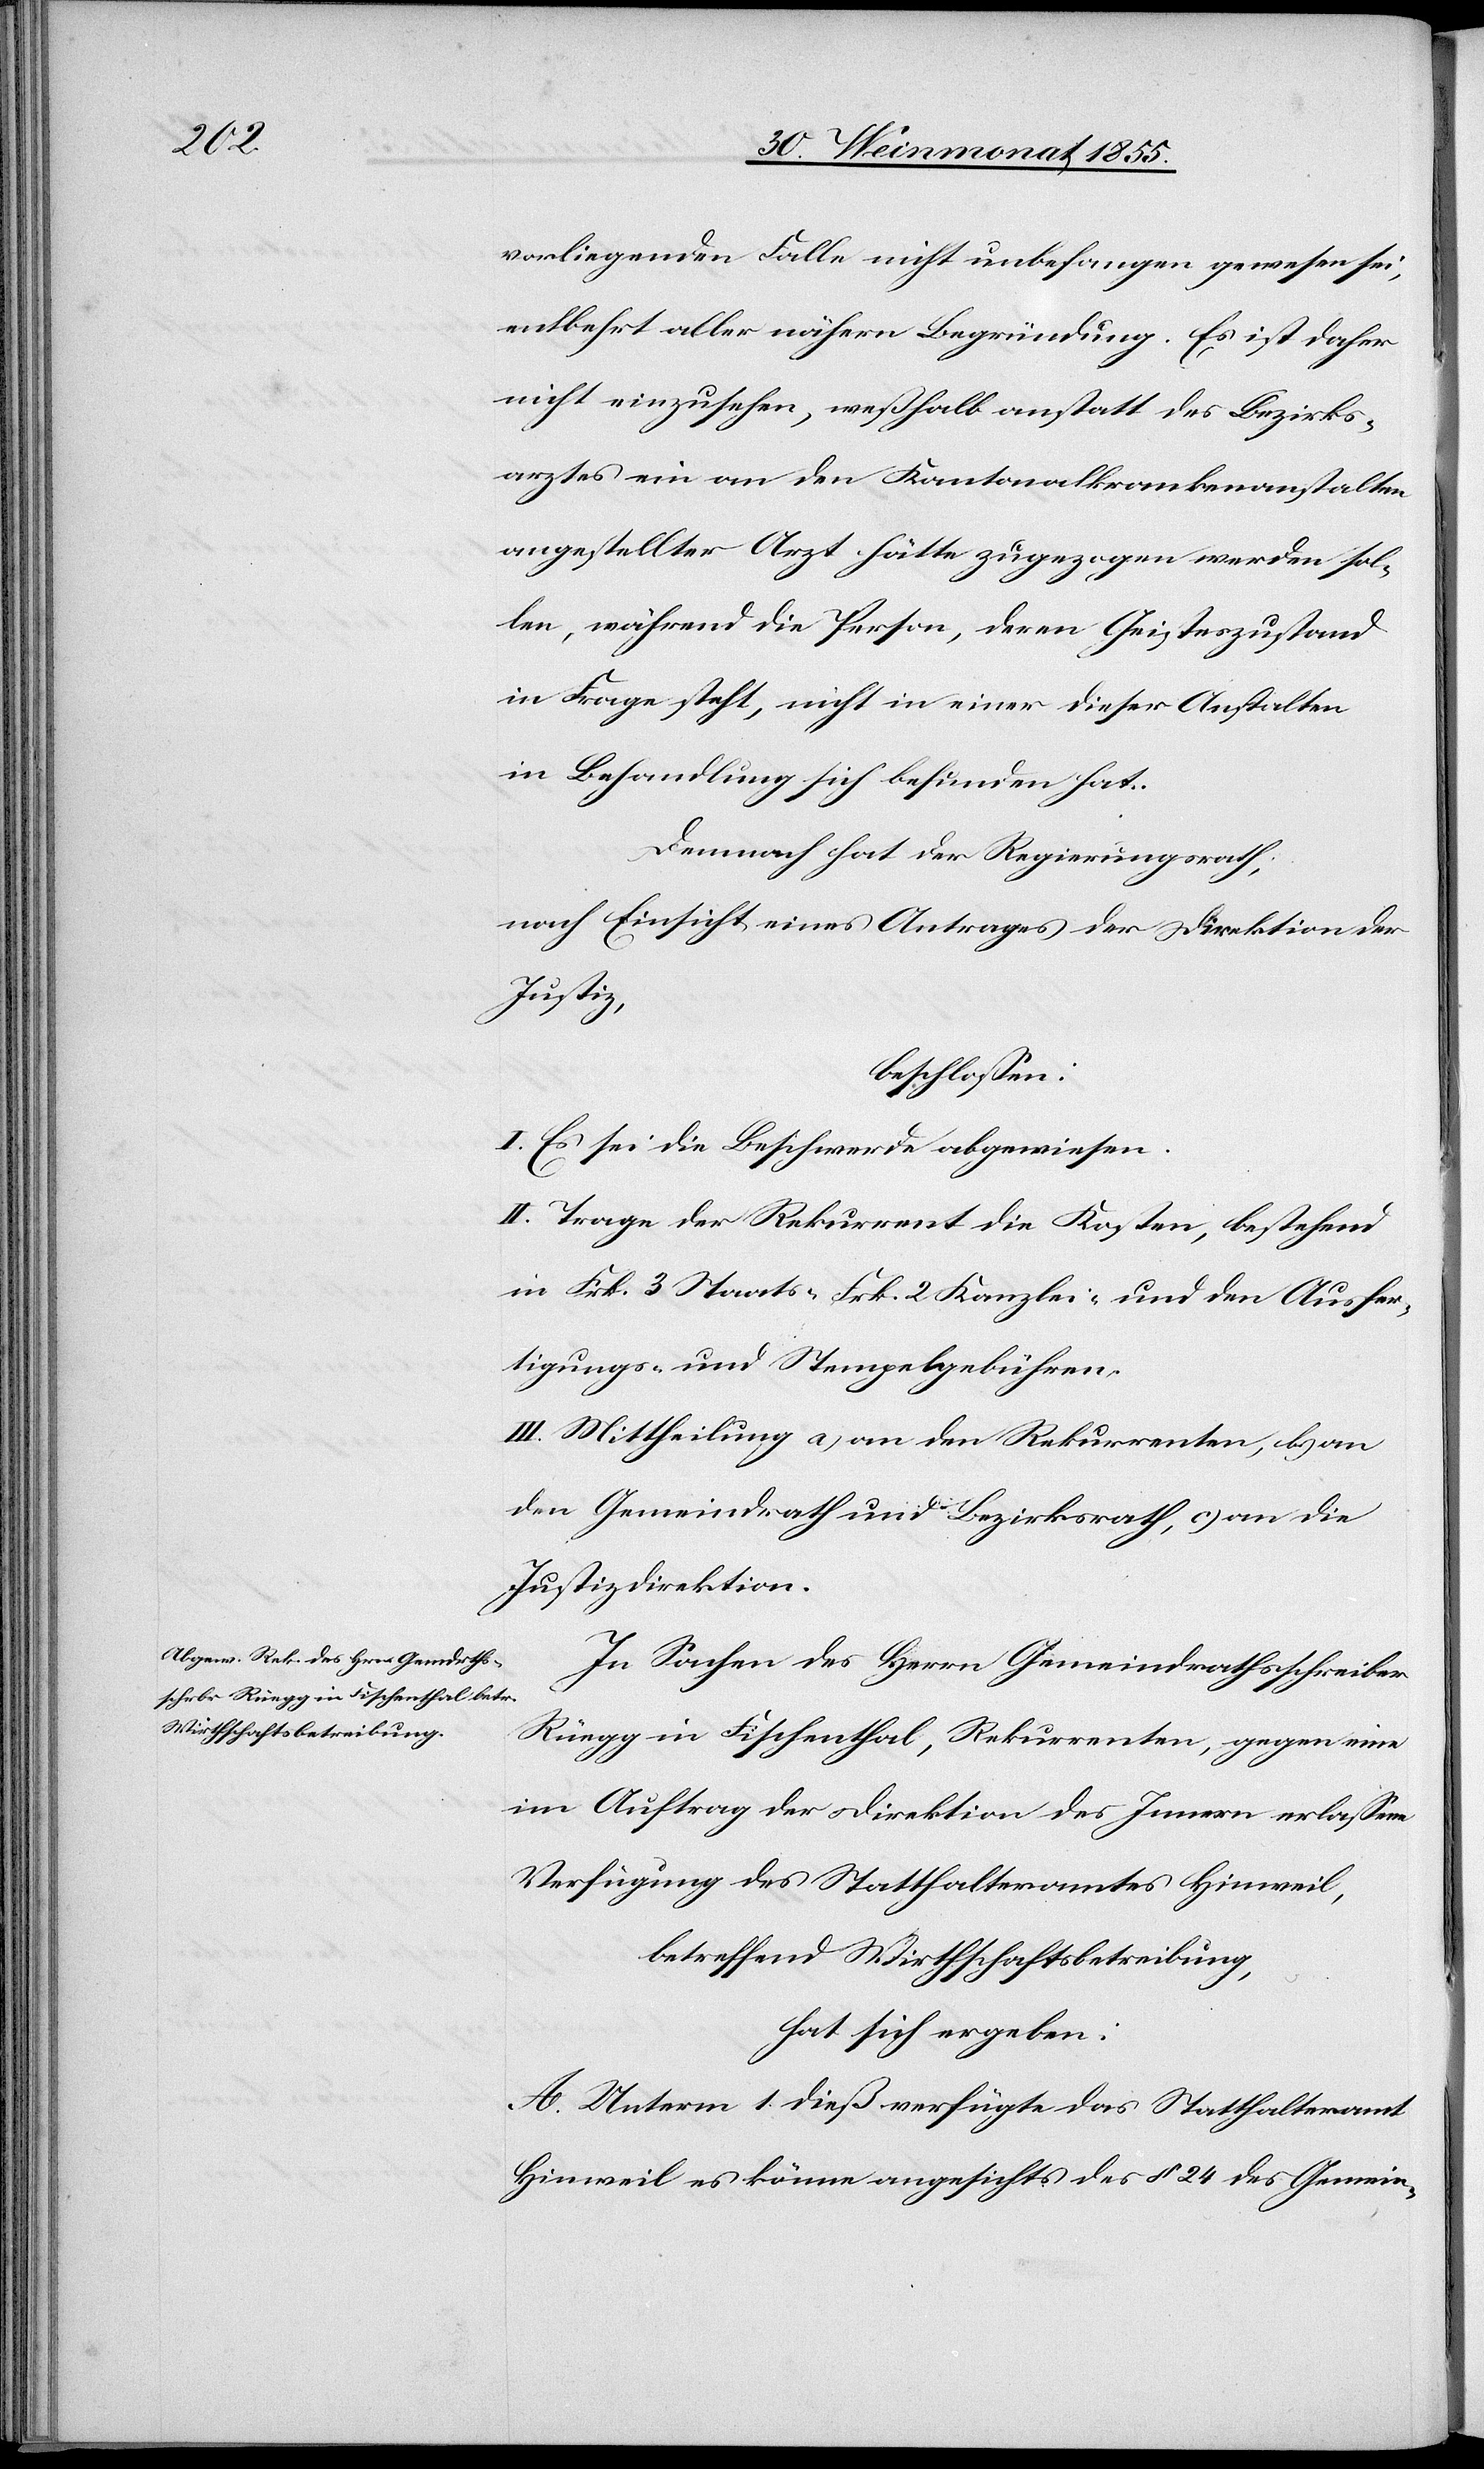
vorliegenden Falle nicht unbefangen gewesen sei,
entbehrt aller nähern Begründung. Es ist daher
nicht einzusehen, weßhalb anstatt des Bezirks¬
arztes ein an den Kantonalkrankenanstalten
angestellter Arzt hätte zugezogen werden sol¬
len, während die Person, deren Geisteszustand
in Frage steht, nicht in einer dieser Anstalten
in Behandlung sich befunden hat.
Demnach hat der Regierungsrath,
nach Einsicht eines Antrages der Direktion der
Justiz,
beschlossen:
I. Es sei die Beschwerde abgewiesen.
II. Trage der Rekurrent die Kosten, bestehend
in Frk. 3 Staats-[,] Frk. 2 Kanzlei- und den Ausfer¬
tigungs- und Stempelgebühren.
III. Mittheilung a) an den Rekurrenten, b) an
den Gemeindrath und Bezirksrath, c) an die
Justizdirektion.
In Sachen des Herrn Gemeindrathsschreiber
Rüegg in Fischenthal, Rekurrenten, gegen eine
im Auftrag der Direktion des Innern erlassene
Verfügung des Statthalteramtes Hinweil,
betreffend Wirthschaftsbetreibung,
hat sich ergeben:
A. Unterm 1. dieß verfügte das Statthalteramt
Hinweil es könne angesichts des § 24 des Gemein-